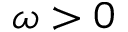
\omega > 0